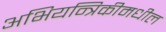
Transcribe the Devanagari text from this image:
अभियन्त्रिकीमधील